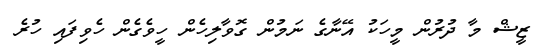
ޒީޝް މާ ދުރުން މީހަކު އޭނާގެ ނަމުން ގޮވާލިހެން ހީވެގެން ހެވިފައި ހުރެ